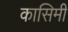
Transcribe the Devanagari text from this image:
कासिमी